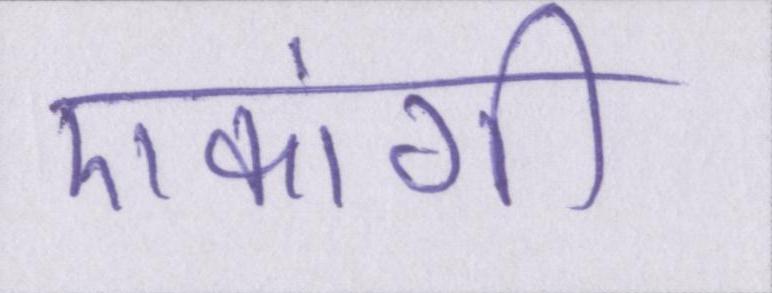
एकांगी